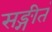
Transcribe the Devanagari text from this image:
सङ्गीतं